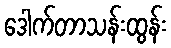
ဒေါက်တာသန်းထွန်း